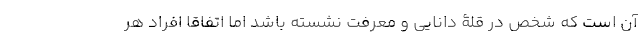
آن است که شخص در قلۀ دانایی و معرفت نشسته باشد اما اتفاقا افراد هر